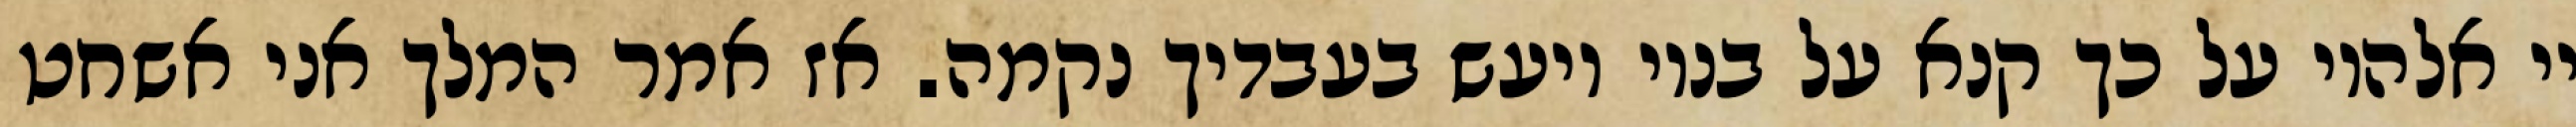
יי אלהיו על כך קנא על בניו ויעש בעבדיך נקמה. אז אמר המלך אני אשחט